Medical and sanitary report of the native army of Madras for the year
Year: 1877
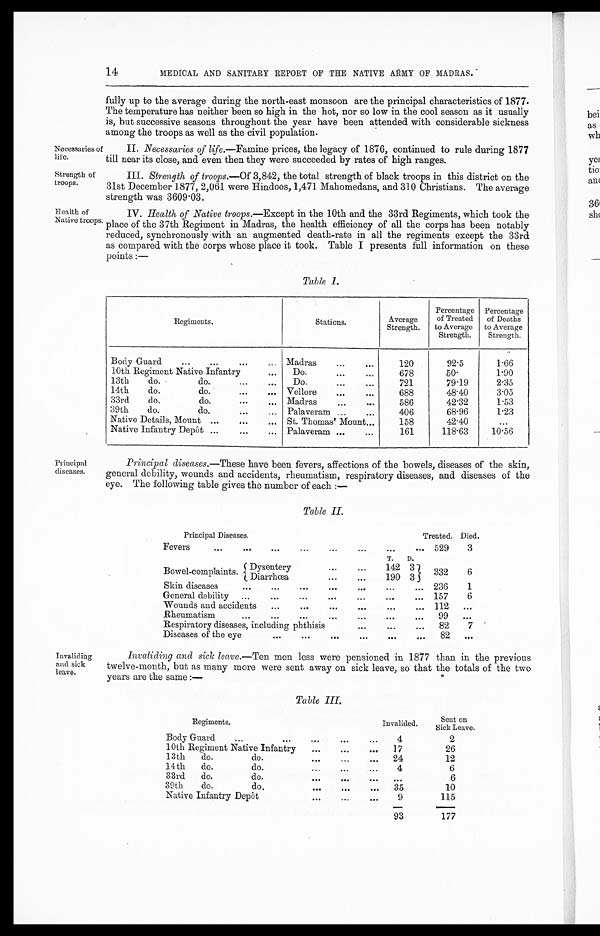
Necessaries of
life.
14
MEDICAL AND SANITARY REPORT OF THE NATIVE ARMY OF MADRAS.
fully up to the average during the north-east monsoon are the principal characteristics of 1877.
The temperature has neither been so high in the hot, nor so low in the cool season as it usually
is, but successive seasons throughout the year have been attended with considerable sickness
among the troops as well as the civil population.
II. Necessaries of life.—Famine prices, the legacy of 1876, continued to rule during 1877
till near its close, and even then they were succeeded by rates of high ranges.
Strength of
troops.
III. Strength of troops.— Of 3,842, the total strength of black troops in this district on the
31st December 1877, 2,061 were Hindoos, 1,471 Mahomedans, and 310 Christians. The average
strength was 3609.03.
Health of
Native troops.
IV. Health of Native troops. —Except in the 10th and the 33rd Regiments, which took the
place of the 37th Regiment in Madras, the health efficiency of all the corps has been notably
reduced, synchronously with an augmented death-rate in all the regiments except the 33rd
as compared with the corps whose place it took. Table I presents full information on these
points :—
Table 1.
Principal
diseases.
I n v a l i d i n g a n d s i c k l e a v e .
Regiments.
Stations.
Average
Strength.
Percentage
of Treated
to Average strength.
Percentage
of Deaths
to Averages t r e n g t h .
Body Guard
Madras
120
92.5
1.66
10th Regiment Native Infantry
Do.
678
50.
1.90
13th do.
do.
Do.
721
79.19
2.35
14th do.
do.
Vellore
688
48.40
3.05
33rd do.
do.
Madras
586
42.32
1.53
39th do.
do.
Palaveram
406
68.96
1.23
Native Details, Mount
St. Thomas' Mount
158
42.40
. . .
Native Infantry Depot
Palaveram
161
118.63
10.56
Principal diseases.—These have been fevers, affections of the bowels, diseases of the skin,
general debility, wounds and accidents, rheumatism, respiratory diseases, and diseases of the
eye. The following table gives the number of each : —
Table II.
Principal Diseases.
Treated. Died.
Fevers
529
3
T.
D.
Bowel-complaints. Dysentery
142 3
332
6
Diarrhœa
190 3
Skin diseases
...
... 236
1
General debility
157
6
Wounds and accidents
...
... 112
...
Rheumatism
...
. . .
99
...
Respiratory diseases, including phthisis
...
8 2
7
Diseases of the eye
...
82
. . .
Invaliding and sick leave.—Ten men less were pensioned in 1877 than in the previous
twelve-month, but as many more were sent away on sick leave, so that the totals of the two
years are the same:—
Table III.
Regiments.
Invalided.
Sent on
Sick Leave.
Body Guard
4
2
10th Regiment Native Infantry
17
26
13th do.
do.
24
12
14th do. do.
4
6
33rd
do.
do.
. . .
6
39th do. do.
35
10
Native Infantry Depôt
9
1 1 5
9 3
177